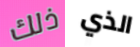
ذلك الذي